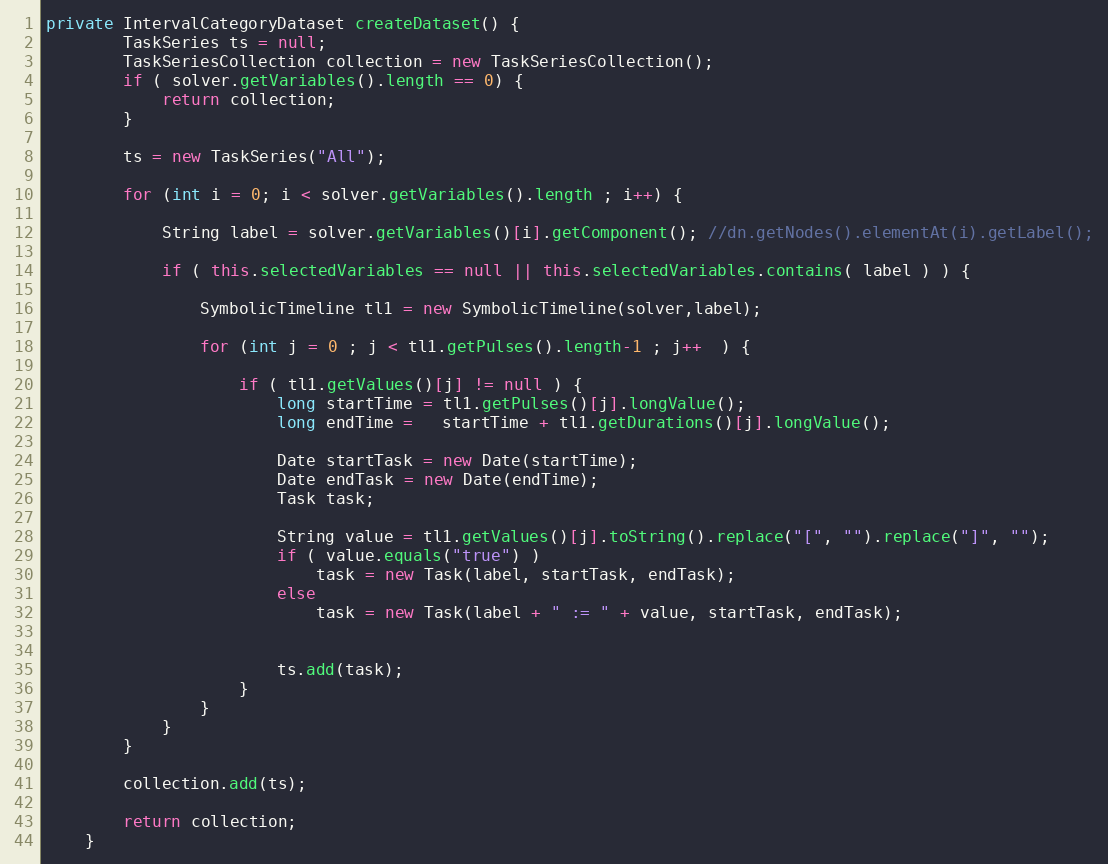
Language: Java
private IntervalCategoryDataset createDataset() {
		TaskSeries ts = null;
		TaskSeriesCollection collection = new TaskSeriesCollection();
		if ( solver.getVariables().length == 0) {
			return collection;
		}

		ts = new TaskSeries("All");

		for (int i = 0; i < solver.getVariables().length ; i++) {

			String label = solver.getVariables()[i].getComponent(); //dn.getNodes().elementAt(i).getLabel();

			if ( this.selectedVariables == null || this.selectedVariables.contains( label ) ) {

				SymbolicTimeline tl1 = new SymbolicTimeline(solver,label);

				for (int j = 0 ; j < tl1.getPulses().length-1 ; j++  ) {

					if ( tl1.getValues()[j] != null ) {
						long startTime = tl1.getPulses()[j].longValue();
						long endTime =   startTime + tl1.getDurations()[j].longValue();

						Date startTask = new Date(startTime);
						Date endTask = new Date(endTime);
						Task task;

						String value = tl1.getValues()[j].toString().replace("[", "").replace("]", "");
						if ( value.equals("true") )
							task = new Task(label, startTask, endTask);
						else
							task = new Task(label + " := " + value, startTask, endTask);

						ts.add(task);
					}
				}
			}
		}

		collection.add(ts);

		return collection;
	}